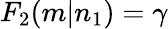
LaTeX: F_{2}(m|n_{1})=\gamma